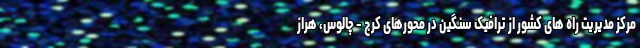
مرکز مدیریت راه های کشور از ترافیک سنگین در محورهای کرج - چالوس، هراز